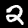
Digit: 2